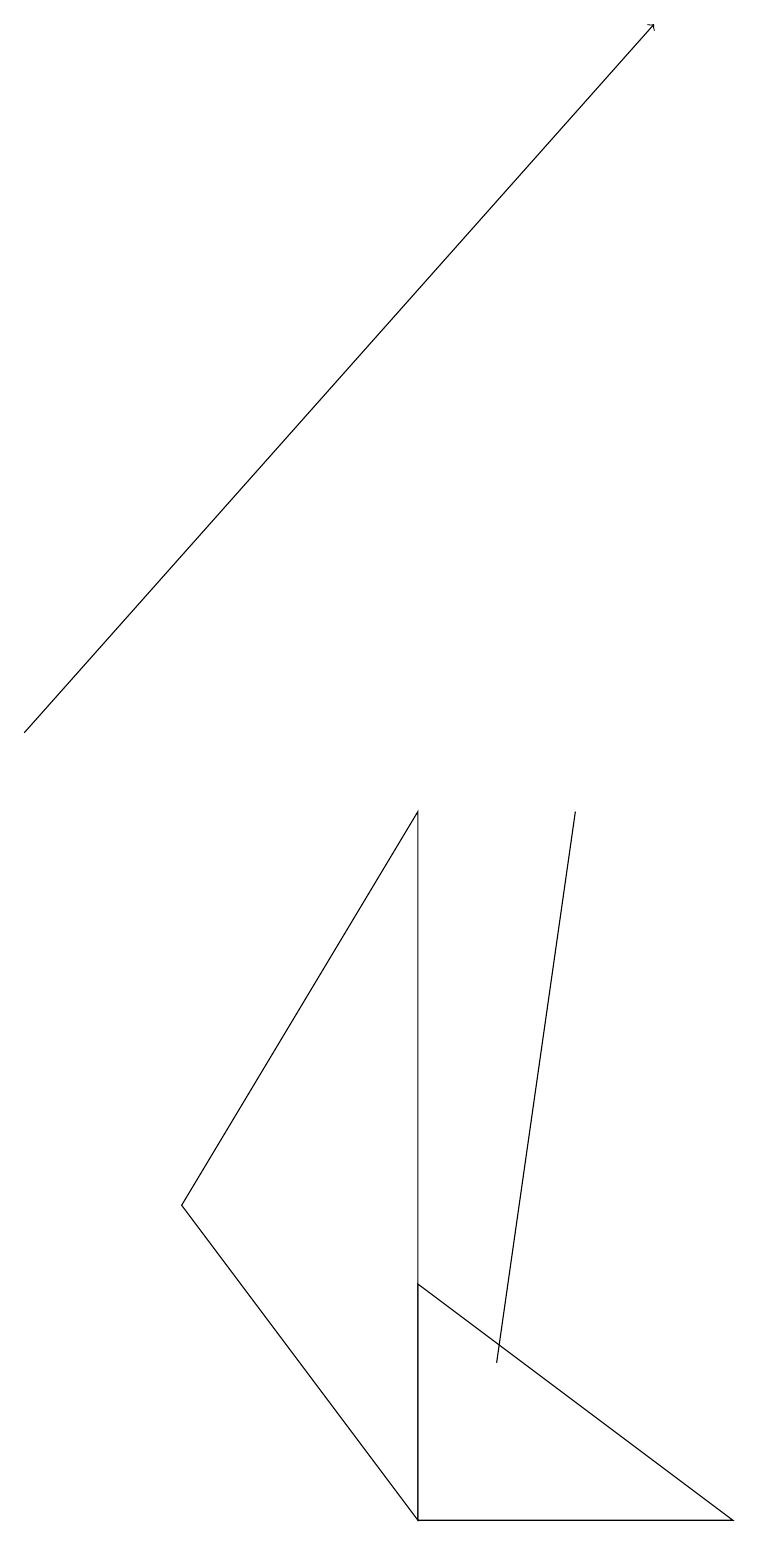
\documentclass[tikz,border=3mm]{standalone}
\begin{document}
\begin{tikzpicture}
\draw (2,4) -- (5,9) -- (5,0) -- cycle;
\draw[->] (0,10) -- (8,19);
\draw (5,3) -- (5,0) -- (9,0) -- cycle;
\draw (6,2) -- (7,9) -- (7,9) -- cycle;
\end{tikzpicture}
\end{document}